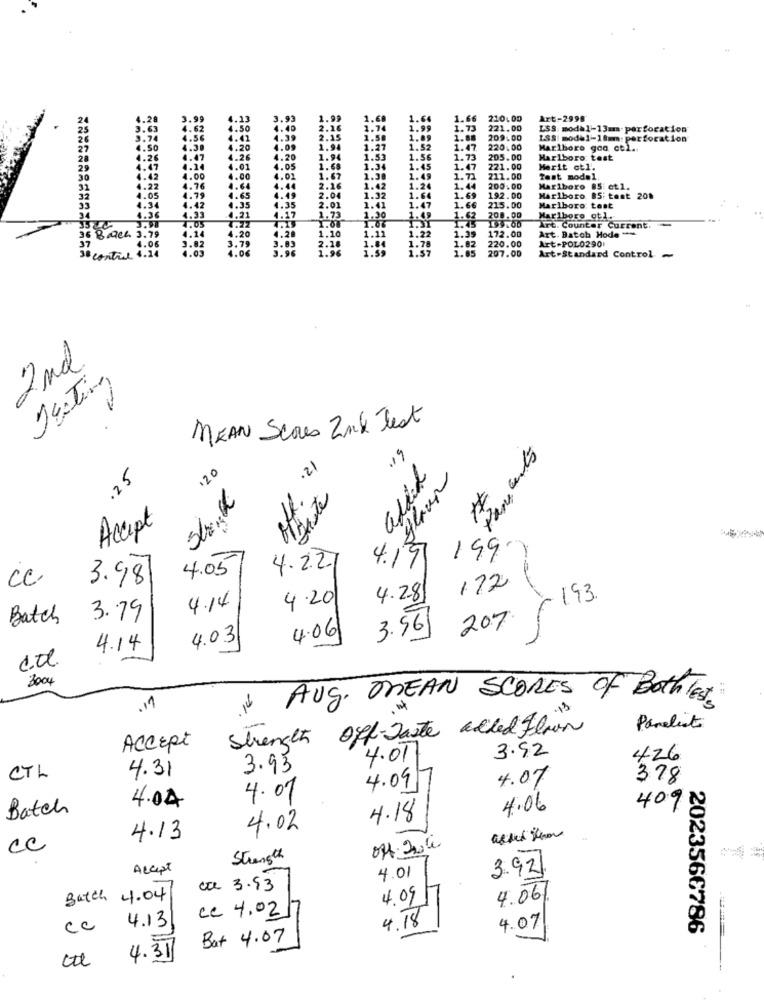
1.64
1.66
210.00
Art-2998
1.99
1.75
221.00
LSS modal-13mm-perforation
1.89
1.88
209.00
ISS: model-18mm: perforation
1.52
1.47
220.00
Marlboro goo cel.
1.56
1.73
205.00
Marlboro: test
1.45
1.47
221.00
Merit ct1.
1.49
1.72
211.00
Test model.
1.24
1.44
200.00
Marlboro 85: ct1.
1.64
1.69 192.00
Marlboro. 85: test 208
1.47
1.66 215.00
Marlboro: test
Marlboro qf1.
1.22
1.39
Art. Counter Current.
Art. Batch Mode ">
1.78
172.00
1.57
1.82 220.00
1.05
207.00
Art-POL0290
Art-Standard Control
2nd
Testing
MEAN Scores Zak Test
19
120
.21
added
.25
glaun
Sto.
offrite
Accept
199
4.05
4.2.21
4.19
CC
3.98
172
4.14
4.20
4.28
193.
Batch
3.79
207
4.03
4.06
3.56
4.14
3004
Aug. MEAN SCORES OF Both TEST
.11
Off-Taste added Flown
Panelists
Strength
Accept
3.92
4.017
426
3.93
CTL
4.31
4.07
378
4.09
4.04
4.01
Batch
4.06
409 N
4.18
4.02
4.13
CC
Strength
Accept
4.01
3.92
cae 3.93
Batch 4.04
4.09/17
4.06/
ce 4.02
4.13
4.18
cc
4.07
2023566786
Bat 4.07
4.31